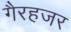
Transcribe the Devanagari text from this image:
गैरहजर